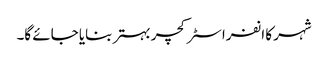
شہر کا انفراسٹرکچر بہتر بنایا جائے گا۔